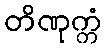
တိဏုက္ကံ